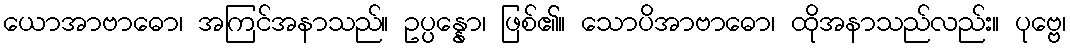
ယောအာဗာဓော၊ အကြင်အနာသည်။ ဥပ္ပန္နော၊ ဖြစ်၏။ သောပိအာဗာဓော၊ ထိုအနာသည်လည်း။ ပုဗ္ဗေ၊